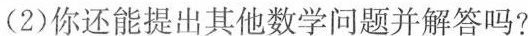
(2)你还能提出其他数学问题并解答吗?